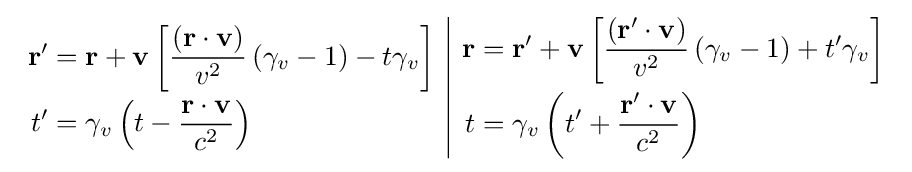
{\begin{array}{c|c}{\begin{aligned}\mathbf {r} '&=\mathbf {r} +\mathbf {v} \left[{\frac {\left(\mathbf {r\cdot v} \right)}{v^{2}}}\left(\gamma _{v}-1\right)-t\gamma _{v}\right]\\t^{\prime }&=\gamma _{v}\left(t-{\frac {\mathbf {r\cdot v} }{c^{2}}}\right)\end{aligned}}&{\begin{aligned}\mathbf {r} &=\mathbf {r} '+\mathbf {v} \left[{\frac {\left(\mathbf {r'\cdot v} \right)}{v^{2}}}\left(\gamma _{v}-1\right)+t'\gamma _{v}\right]\\t&=\gamma _{v}\left(t'+{\frac {\mathbf {r'\cdot v} }{c^{2}}}\right)\end{aligned}}\end{array}}